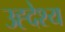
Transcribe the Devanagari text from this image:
उह्देश्य